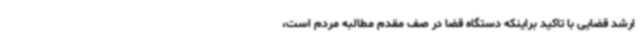
ارشد قضایی با تاکید براینکه دستگاه قضا در صف مقدم مطالبه مردم است،